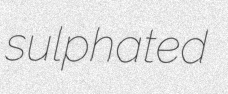
sulphated